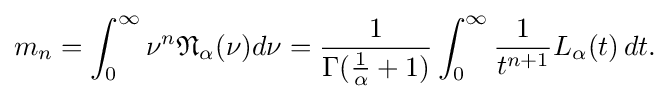
{\begin{aligned}m_{n}&=\int _{0}^{\infty }\nu ^{n}{\mathfrak {N}}_{\alpha }(\nu )d\nu ={\frac {1}{\Gamma ({\frac {1}{\alpha }}+1)}}\int _{0}^{\infty }{\frac {1}{t^{n+1}}}L_{\alpha }(t)\,dt.\\\end{aligned}}